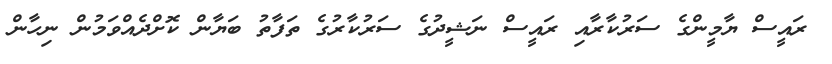
ރައީސް ޔާމީންގެ ސަރުކާރާއި ރައީސް ނަޝީދުގެ ސަރުކާރުގެ ތަފާތު ބަޔާން ކޮށްދެއްވަމުން ނިހާން